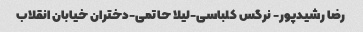
رضا رشیدپور- نرگس کلباسی-لیلا حاتمی-دختران خیابان انقلاب